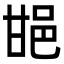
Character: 𨚠